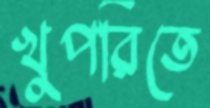
খুপরিতে